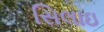
સિલાઇ